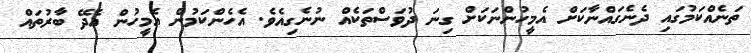
ތަނެއްކަމުގައި ދެނެގައްނާކަށް އެމީހުންނަކަށް ގިނަ ދުވަސްތަކެއް ނުނެގިއެވެ. އެހެންކަމުން އެމީހުން އެދޭ ބާރުތައް